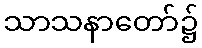
သာသနာတော်၌